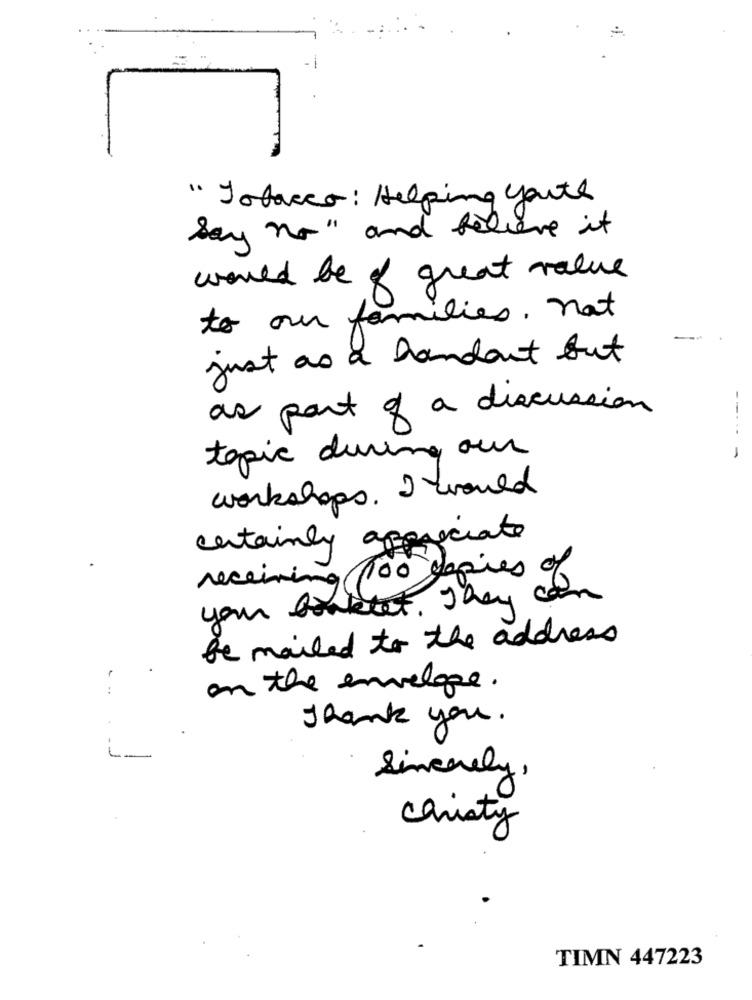
" Tobacco: Helping youth
say no" and believe it
would be of great value
to our families. not
just as a handout but
as part of a discussion
topic during our
-
workshops. I would
certainly appreciate
receiving 100 copies of
your booklet. They can
be mailed to the address
. ..
on the envelope.
Thank you.
Sincerely
Christy
TIMN 447223